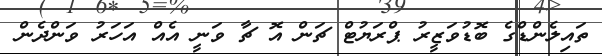
ތައިލެންޑްގެ ބޮޑުވަޒީރު ޕްރަޔުޓް ޗަން އޮ ޗާ ވަނީ އެއް އަހަރު ވަންދެން